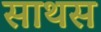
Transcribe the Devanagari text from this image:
साथस